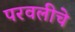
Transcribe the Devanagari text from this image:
परवलीचे